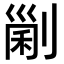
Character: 𠞜